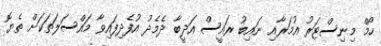
ހޯމް މިނިސްޓަރު އުމަރާއި ނައިބު ރައީސް އަދީބާ ދެމެދު އުފެދިފައިވާ މައްސަލަތަކަށް ތެޔޮ